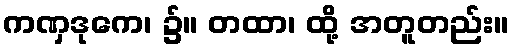
ကဏှဒုကေ၊ ၌။ တထာ၊ ထို့ အတူတည်း။